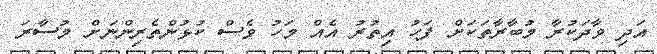
އަދި ވާދަކުރާ މުބާރާތަކަށް ފަހު އިތުރު އެއް މަހު ވެސް ކުޅުންތެރިންނަށް މުސާރަ